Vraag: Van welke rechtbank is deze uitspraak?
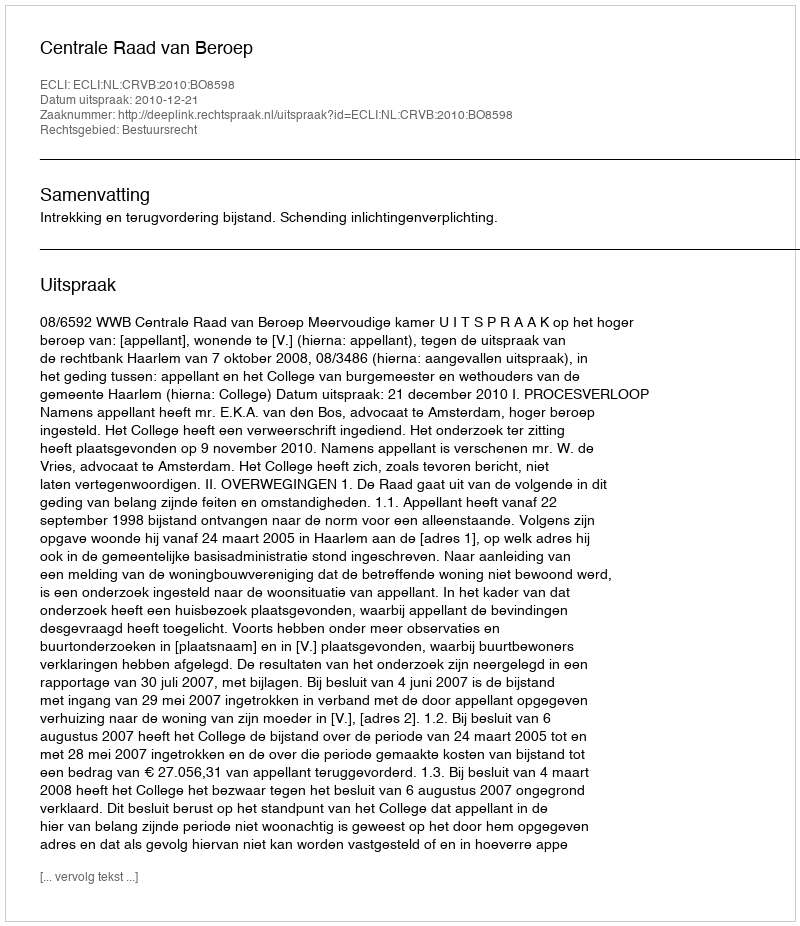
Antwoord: Centrale Raad van Beroep